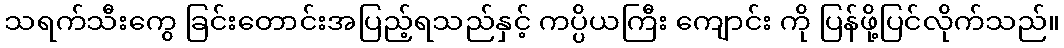
သရက်သီးကွေ ခြင်းတောင်းအပြည့်ရသည်နှင့် ကပ္ပိယကြီး ကျောင်း ကို ပြန်ဖို့ပြင်လိုက်သည်။